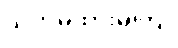
သတိမထားမိကြ။